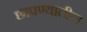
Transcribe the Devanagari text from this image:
छापण्यातील